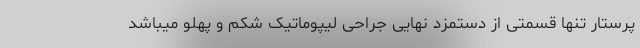
پرستار تنها قسمتی از دستمزد نهایی جراحی لیپوماتیک شکم و پهلو میباشد